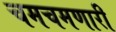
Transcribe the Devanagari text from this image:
चमचमणारी